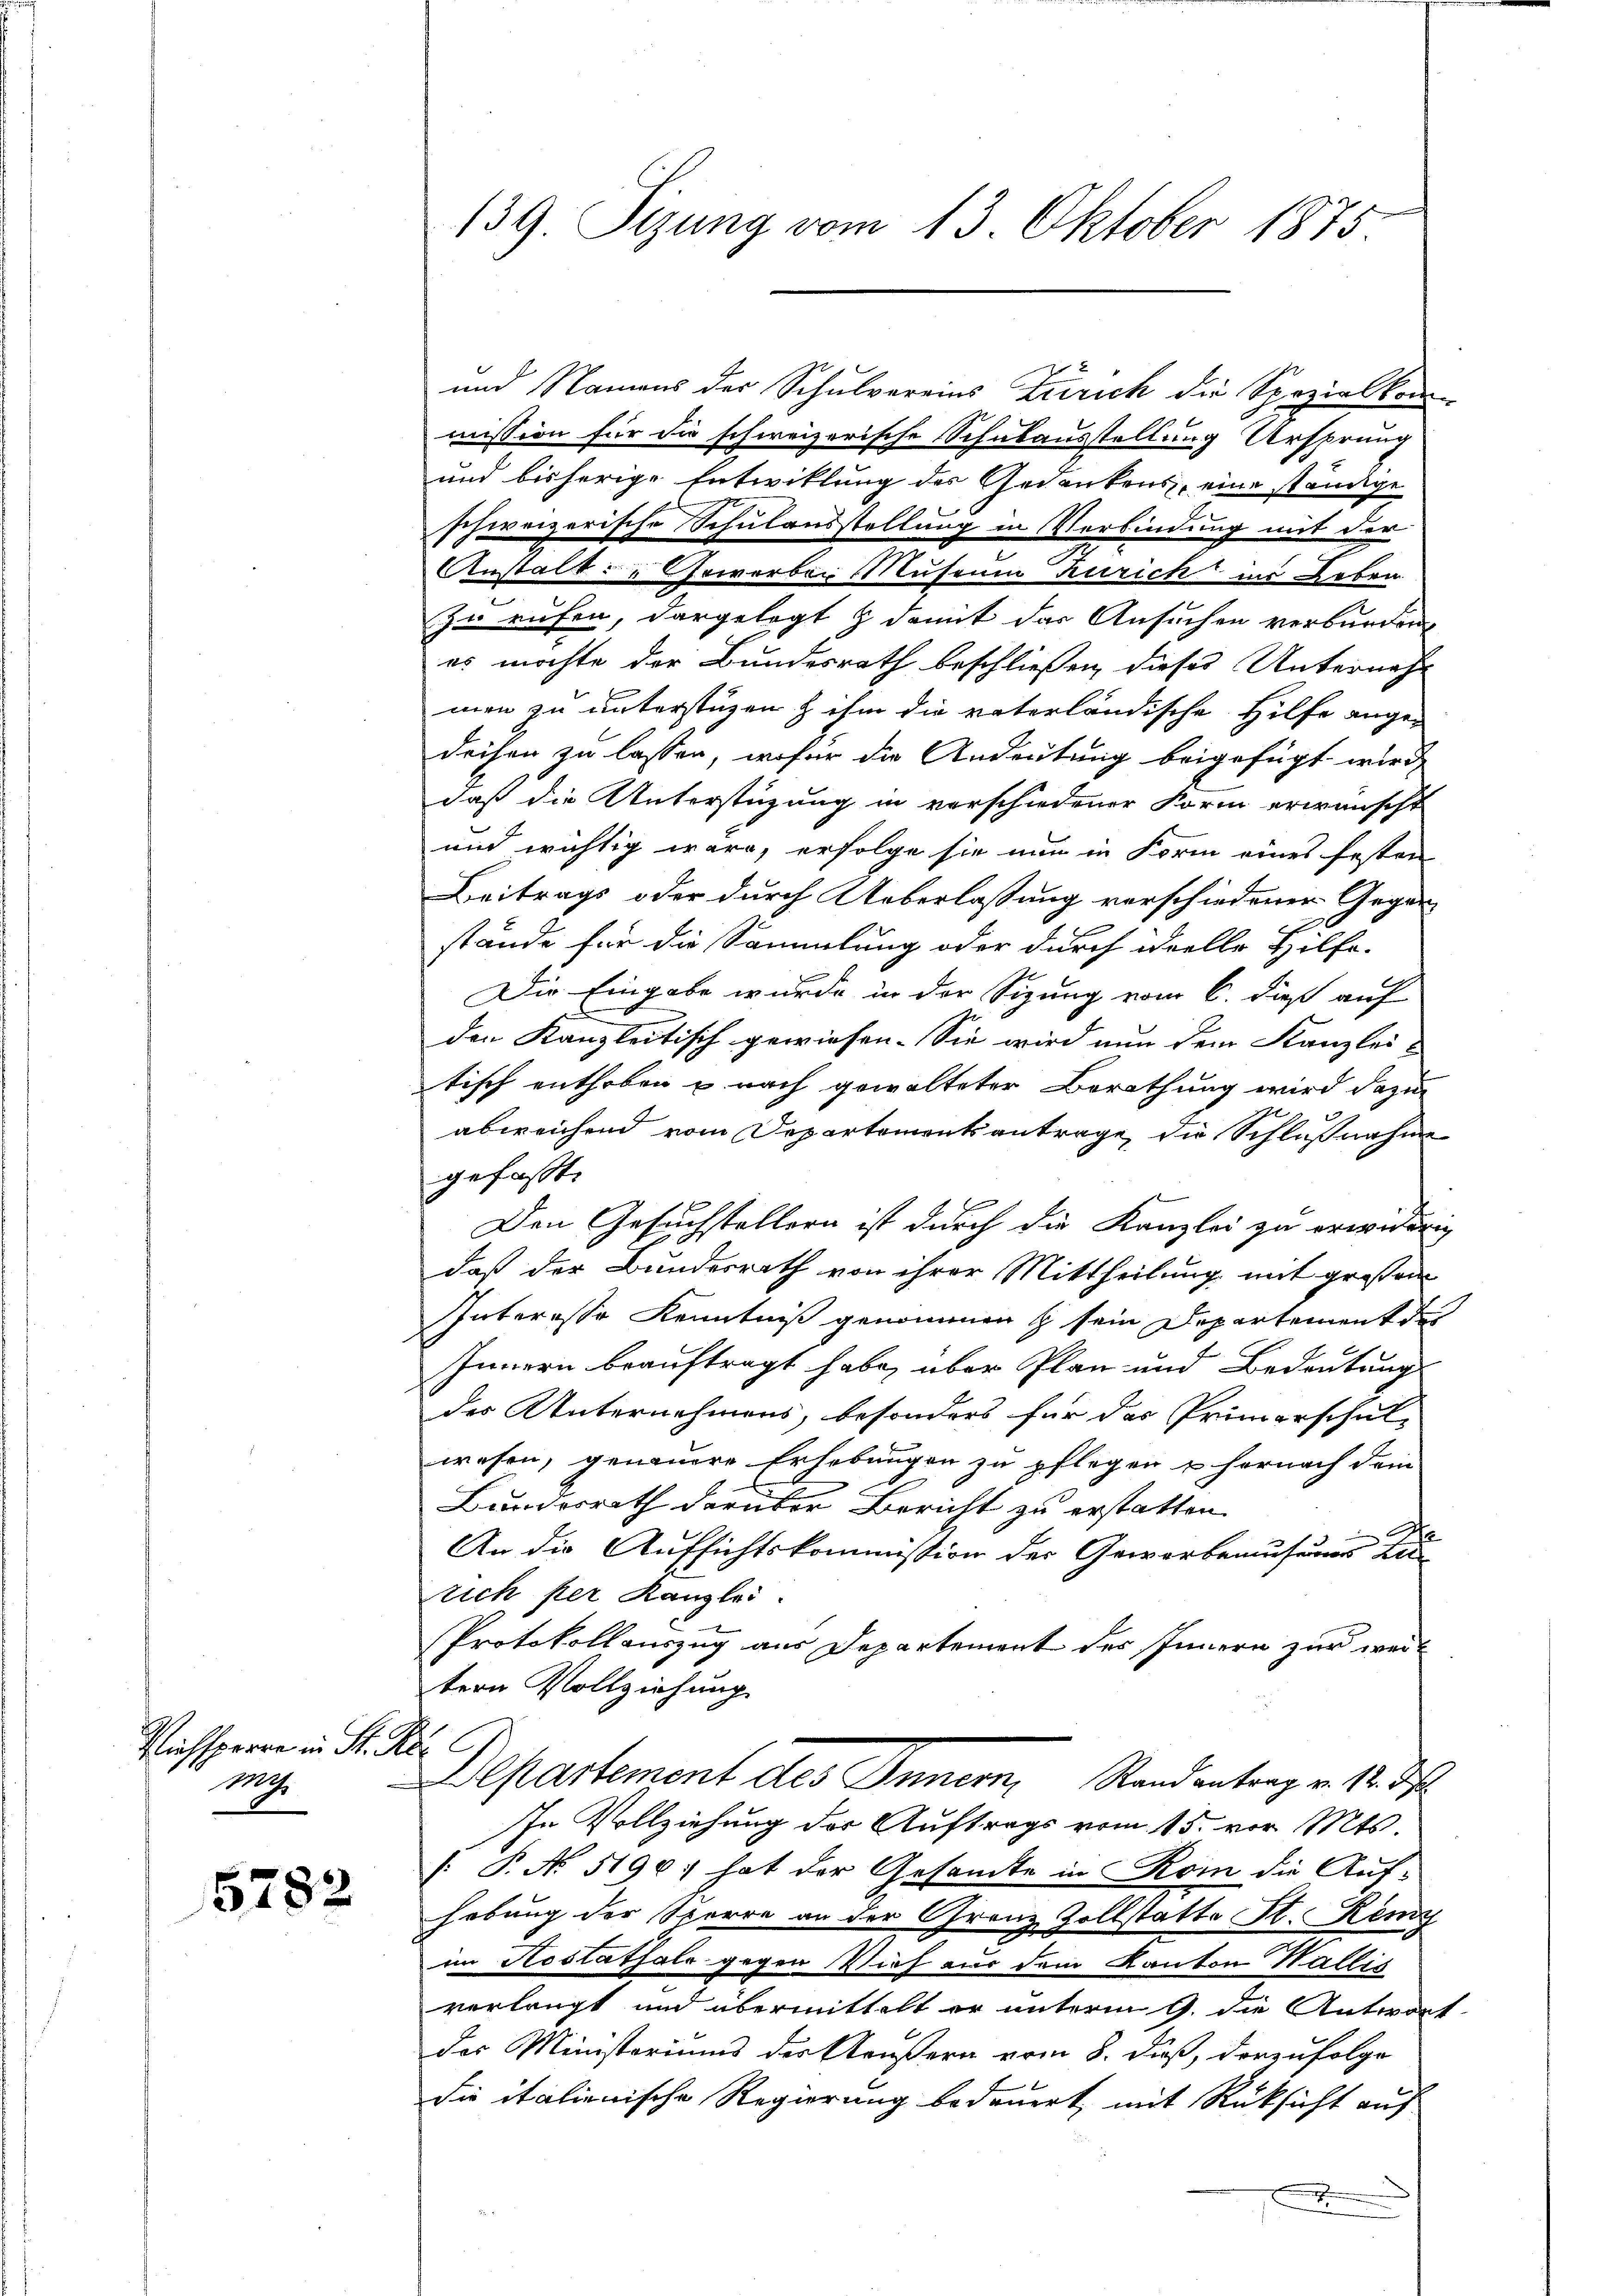
Richsperre in St. Ki
Mt

5782

und Namens der Schulvereins Zürich die Spezialkom-
mission für die schweizerische Schulausstellung Ursprung
und bisherige Entwicklung des Gedankens, eine ständige
schweizerische Schulausstellung in Verbindung mit der
Anstalt: „Gewerber Museum Zürich in Leben
zu rufen, dargelegt & damit das Ansuchen verbunden.
es möchte der Bundesrath beschließen, dieses Unternehm
men zu unterstüzen & ihm die vaterländische Hilfe ange-
deihen zu lassen, wofür die Andeutung beigefügt wird,
daß die Unterstüzung in verschiedener Form erwünscht
und wichtig wäre, erfolge sie nun in Form eines festen
Beitrags oder durch Ueberlassung verschiedener Gegen-
stände für die Sammlung oder durch deelle Hilfe-
Die Eingabe wurde in der Sizung vom 6. dieß auf
den Kanzleitisch gewiesen. Sie wird nun dem Kanzlei &
tisch enthoben u. nach gewalteter Berathung wird dazu
abweichend vom Departementsantrage, die Schlußnahme
gefaßt.
Den Gesuchstellern ist durch die Kanzlei zu erwiderig
daß der Bundesrath von ihrer Mittheilung mit großen
Interesse Kenntniß genommen sein Departement der
IInnern beauftragt habe, über Plan und Bedeutung
des Unternehmens, besonders für das Primarschul-
wesen, genauere Erhebungen zu pflegen u hernach dem
Bundesrath darüber Bericht zu erstatten.
1
An die Aufsichtskommission der Geworbemusungs Lerrich per Kanzlei.
Protokollauszug aus Departement des Innern zur weitern Vollziehung.
Departement des Innern, Standentrag v. 12.
In Vollziehung der Auftrags vom 15. vor. Mts.
[ P. No. 5196; hat der Gesandte in Rom die Auf-
hebung der Sporre an der Granz Zollstatte St. König
im Restathale gegen Vieh aus dem Kanton Wallis
verlangt und übermittelt er unterm 9. die Antwort
des Ministeriums der Aeußern vom 8. Fuß, derzufolge
die italienische Regierung bedauert, mit Rücksicht auf
x

139. Sizung vom 13. Oktober 1875